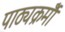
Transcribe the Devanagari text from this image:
पाठ्यक्रमोँ